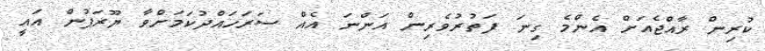
ކުރިން ރާއްޖެއަށް އެންމެ ގިނަ ފަތުރުވެރިން އަންނަ އެއް ސަރަހައްދުކަމަށްވާ ޔޫރަޕުން އައީ